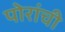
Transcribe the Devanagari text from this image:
पोरांची